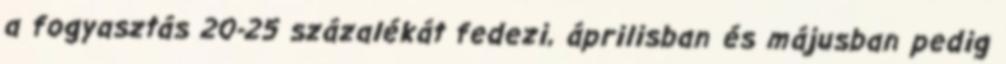
a fogyasztás 20-25 százalékát fedezi, áprilisban és májusban pedig